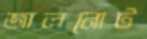
জালনোট